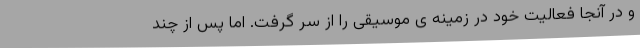
و در آنجا فعالیت خود در زمینه ی موسیقی را از سر گرفت. اما پس از چند